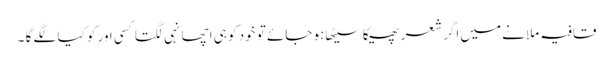
قافیہ ملانے میں اگر شعر پھیکا سیٹھا ہو جائے تو خود کو ہی اچھا نہی لگتا کسی اور کو کیا لگے گا ۔